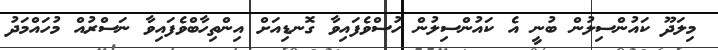
މިލަދޫ ކައުންސިލުން ބުނީ އެ ކައުންސިލުން ހުސްވެފައިވާ ގޮނޑިއަށް އިންތިހާބްވެފައިވާ ނަސްރުއް މުހައްމަދު